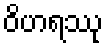
ဝိဟရဿု